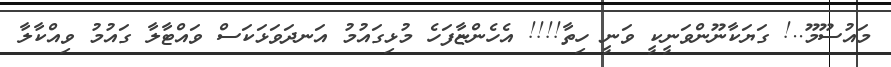
މައުސޫމޫ..! ގަޔަކާނޫންވަނީކީ ވަނީ ހިތާ!!!! އެހެންޏާފަހެ މުޅިގައުމު އަނދަވަޅަކަސް ވައްޓާލާ ގައުމު ވިއްކާލާ